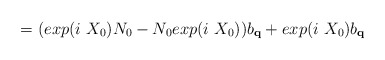
\begin{align*}= ( exp(i\mbox{ }X_{0})N_{0} - N_{0}exp(i\mbox{ }X_{0}) )b_{ {\bf{q}} }+ exp(i\mbox{ }X_{0})b_{ {\bf{q}} }\end{align*}